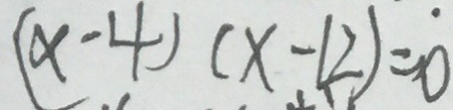
( x - 4 ) ( x - 1 2 ) = 0